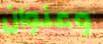
وعنوان